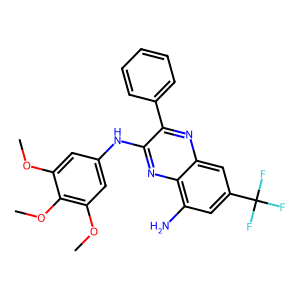
SMILES: COc1cc(Nc2nc3c(N)cc(C(F)(F)F)cc3nc2-c2ccccc2)cc(OC)c1OC
Inhibits HIV replication: No